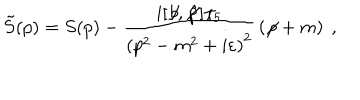
\tilde { S } ( p ) = S ( p ) - { \frac { i [ \not \! b , \not \! { \hat { p } } ] \gamma _ { 5 } } { \left( p ^ { 2 } - m ^ { 2 } + i \varepsilon \right) ^ { 2 } } } \left( \not \! p + m \right) \ ,